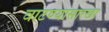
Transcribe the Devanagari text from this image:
वाटण्यासारखा